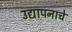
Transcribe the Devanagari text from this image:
उद्यापनाचे